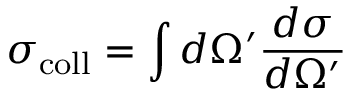
\sigma _ { \mathrm { c o l l } } = \int d \Omega ^ { \prime } \frac { d \sigma } { d \Omega ^ { \prime } }